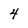
Character: 4